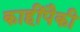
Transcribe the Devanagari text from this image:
काहींपैकी